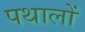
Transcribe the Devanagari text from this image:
पथालों